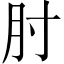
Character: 肘